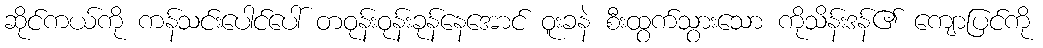
ဆိုင်ကယ်ကို ကန်သင်းပေါင်ပေါ် တဝုန်းဝုန်းခုန်နေအောင် ဝူးခနဲ စီးထွက်သွားသော ကိုသိန်းဒန်၏ ကျောပြင်ကို